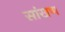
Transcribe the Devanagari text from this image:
सांखण